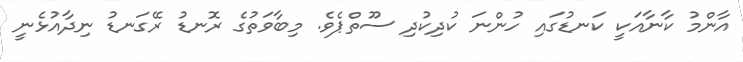
އާންމު ކާނާއަކީ ކަނޑުގައި ހުންނަ ކުދިކުދި ސޫތްޕެވެ. މިބާވަތުގެ ރޮނޑު ރޭގަނޑު ނިދާއުޅެނީ